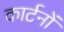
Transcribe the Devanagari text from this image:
कार्टनों